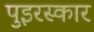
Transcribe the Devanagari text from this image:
पुइरस्कार